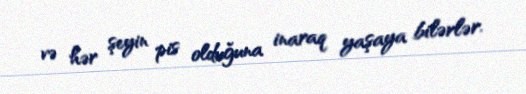
və hər şeyin pis olduğuna inaraq yaşaya bilərlər.